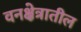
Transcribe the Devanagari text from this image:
वनक्षेत्रातील